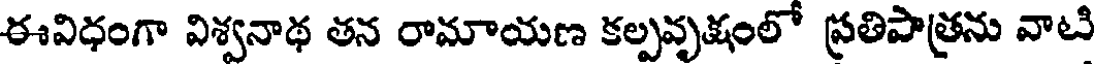
ఈవిధంగా విశ్వనాథ తన రామాయణ కల్పవృక్షంలో ప్రతిపాత్రను వాటి